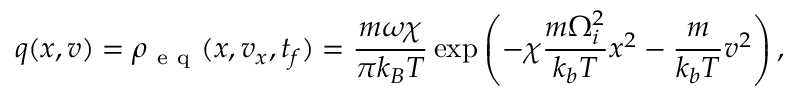
q ( x , v ) = \rho _ { \mathrm { ~ e ~ q ~ } } ( x , v _ { x } , t _ { f } ) = \frac { m \omega \chi } { \pi k _ { B } T } \exp { \left( - \chi \frac { m \Omega _ { i } ^ { 2 } } { k _ { b } T } x ^ { 2 } - \frac { m } { k _ { b } T } v ^ { 2 } \right) } \, ,